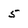
Character: 5